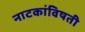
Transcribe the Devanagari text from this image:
नाटकांविषती